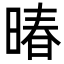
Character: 暙